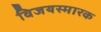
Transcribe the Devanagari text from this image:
विजयस्मारक